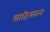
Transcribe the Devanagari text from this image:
साहित्यरत्‍न